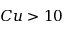
C u > 1 0